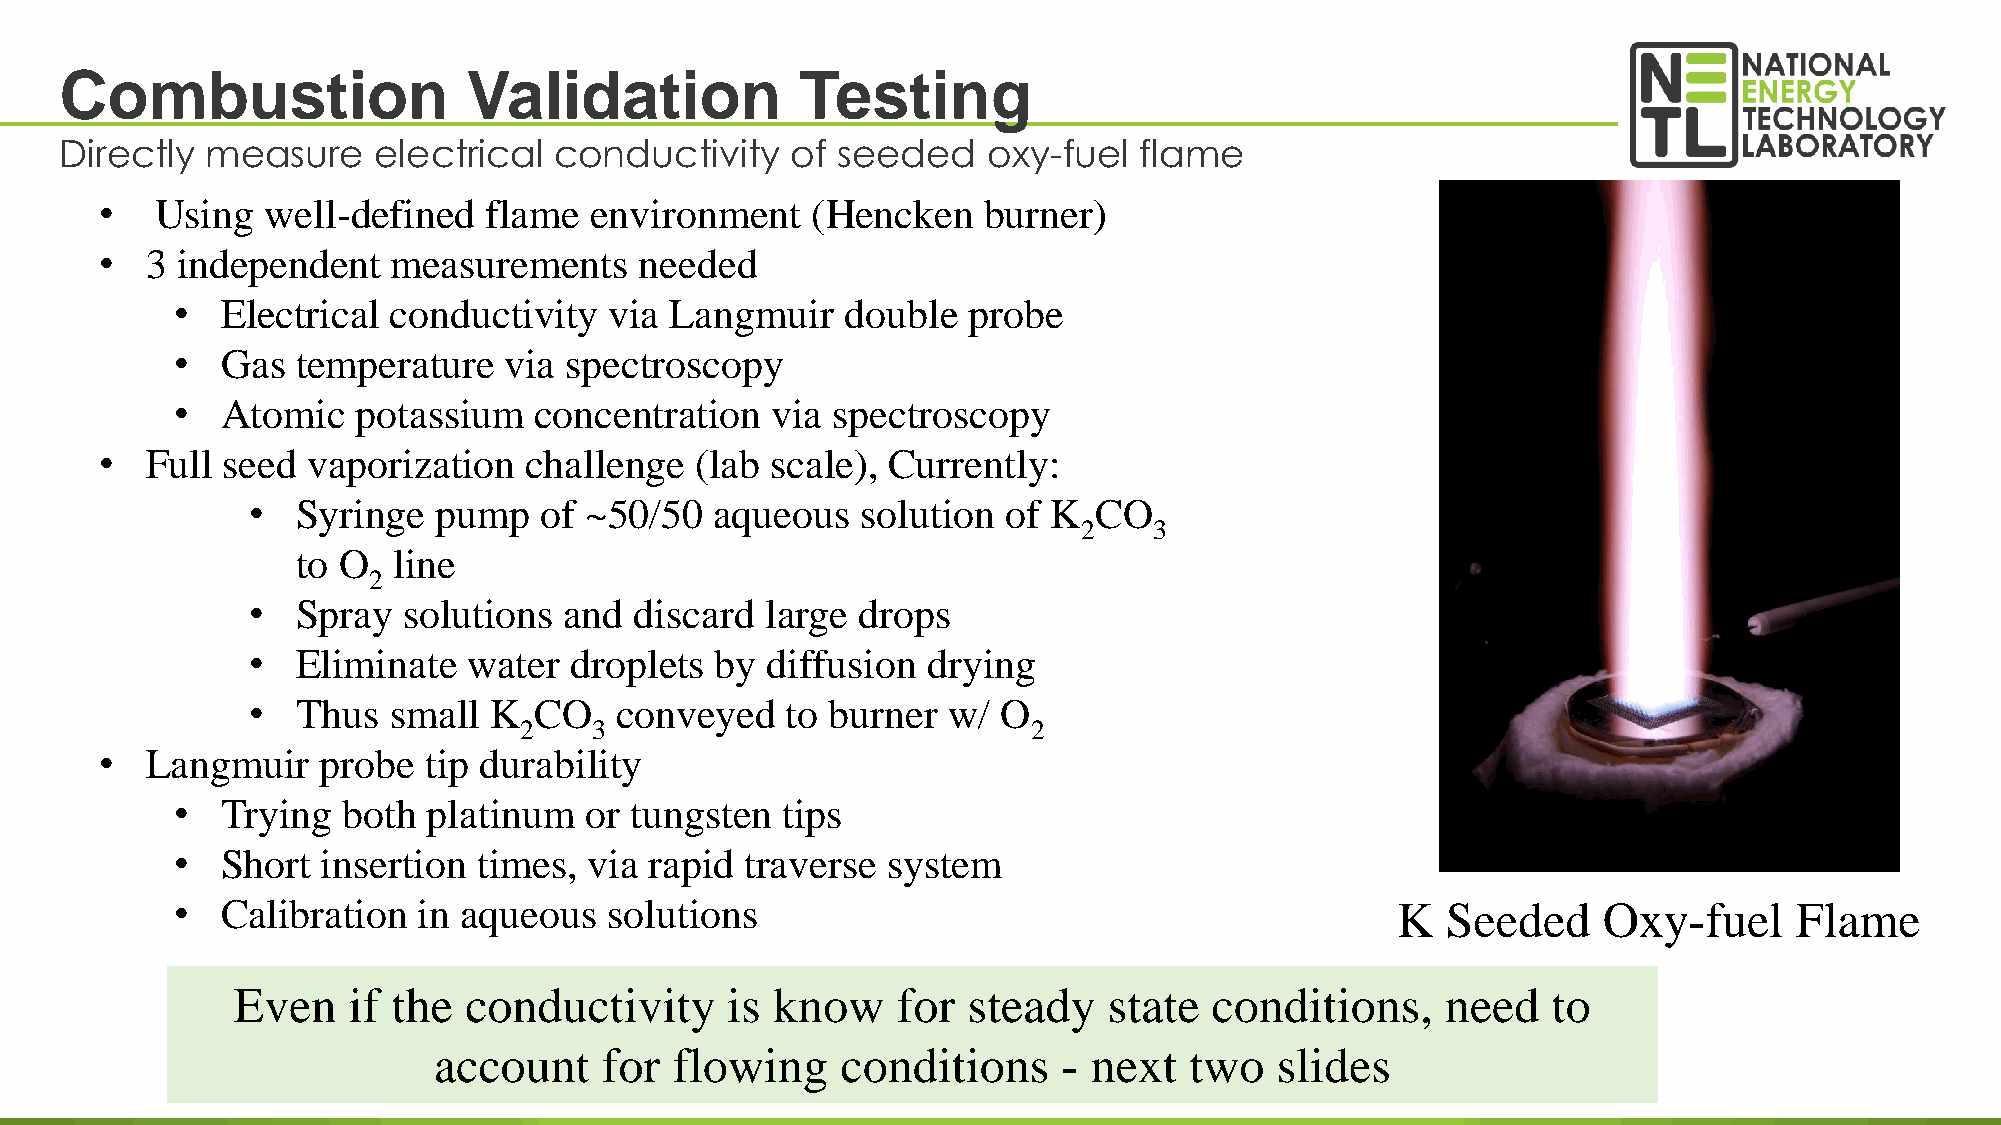
Combustion                 Validation            Testing
 Directly  measure    electrical  conductivity   of seeded    oxy-fuel  flame
 •  Using   well-defined  flame  environment    (Hencken   burner)
 •  3 independent   measurements    needed
 •  Electrical conductivity  via Langmuir    double  probe
 •  Gas  temperature  via spectroscopy
 •  Atomic   potassium  concentration   via spectroscopy
 •  Full seed vaporization   challenge  (lab scale), Currently:
 •   Syringe  pump   of ~50/50  aqueous   solution of K  CO
 2   3
 to O  line
 2
 •   Spray  solutions and  discard  large drops
 •   Eliminate  water  droplets by  diffusion drying
 •   Thus  small K  CO    conveyed   to burner  w/ O
 2    3                            2
 •  Langmuir   probe  tip durability
 •  Trying  both platinum   or tungsten  tips
 •  Short insertion  times, via rapid traverse  system
 •  Calibration  in aqueous  solutions                                           K   Seeded    Oxy-fuel     Flame
 Even    if the  conductivity     is know    for  steady   state  conditions,     need   to
 account    for  flowing    conditions    - next   two  slides
 33